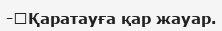
-	Қаратауға қар жауар.